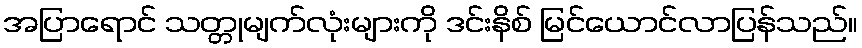
အပြာရောင် သတ္တုမျက်လုံးများကို ဒင်းနိစ် မြင်ယောင်လာပြန်သည်။